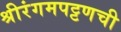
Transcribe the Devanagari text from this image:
श्रीरंगमपट्टणची